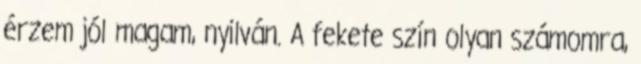
érzem jól magam, nyilván. A fekete szín olyan számomra,